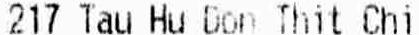
217 TAU HU DON THIT CHI